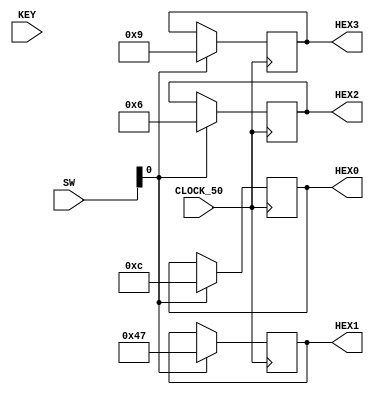
module phudim(
    output reg [6:0] HEX3,
    output reg [6:0] HEX2,
    output reg [6:0] HEX1,
    output reg [6:0] HEX0,
    input CLOCK_50,
    input [9:0] SW,
    input [3:0] KEY
   );
    
	 reg [25:0]count;
    reg lig;
    reg [25:0]control = 3;
	 
	 wire [20:0] wrap = count[20:0];
    
    always @ (posedge CLOCK_50 ) begin
       if (SW[0] == 1) begin
             HEX3 = 7'b0001001;
             HEX2 = 7'b0000110;
             HEX1 = 7'b1000111;
             HEX0 = 7'b0001100;
        end
    end
endmodule